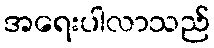
အရေးပါလာသည်